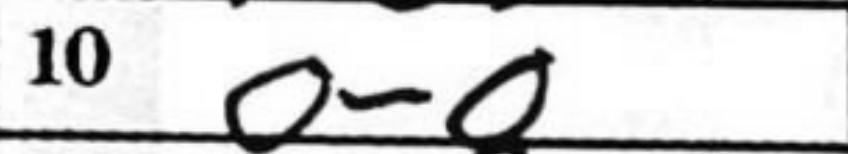
Transcription: O-O